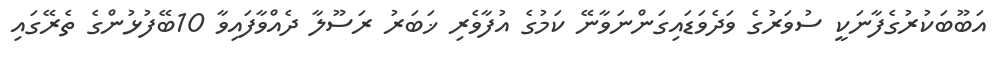
އަބޫބަކުރުގެފާނަކީ ސުވަރުގެ ވަދެވަޑައިގަންނަވާނޭ ކަމުގެ އުފާވެރި ޚަބަރު ރަސޫލާ ދެއްވާފައިވާ 10ބޭފުޅުންގެ ތެރޭގައި